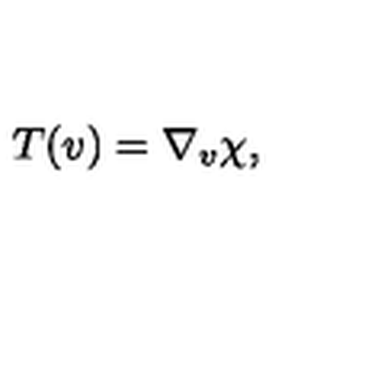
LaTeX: T ( v ) = \nabla _ { v } \chi ,